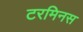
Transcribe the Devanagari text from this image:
टरमिनस